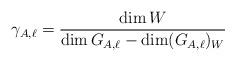
LaTeX: \begin{align*}\gamma_{A,\ell} = \frac{\dim W}{\dim G_{A,\ell} - \dim (G_{A,\ell})_W}\end{align*}